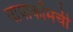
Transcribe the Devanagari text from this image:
वायाकॉमची